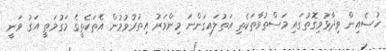
ހުސެއިން ވިދާޅުވިގޮތުގައި މަސްތުވާތަކެތި އަތުލައިގަންނަ މިންވަރު އިތުރުވުމުން އެތަކެތީގެ މަގުމަތީ އަގު ވަނީ